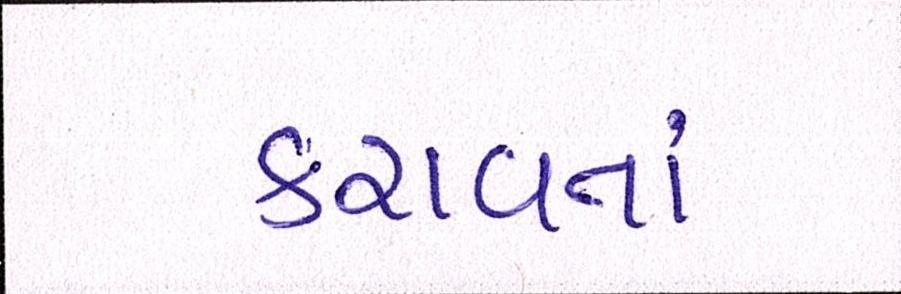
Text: કરાવતાં